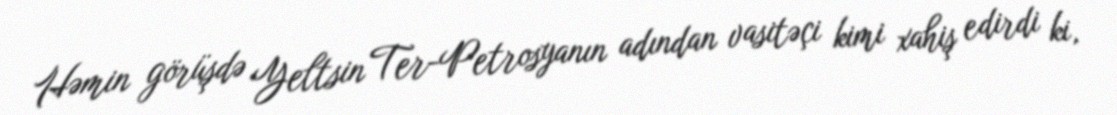
Həmin görüşdə Yeltsin Ter-Petrosyanın adından vasitəçi kimi xahiş edirdi ki,